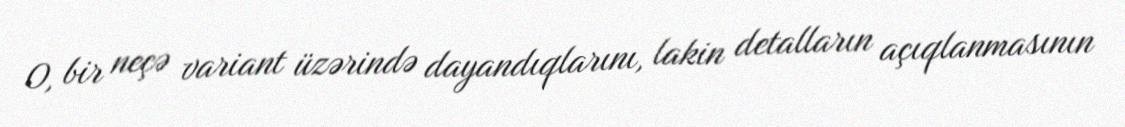
O, bir neçə variant üzərində dayandıqlarını, lakin detalların açıqlanmasının